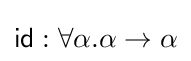
{\mathsf {id}}:\forall \alpha .\alpha \to \alpha